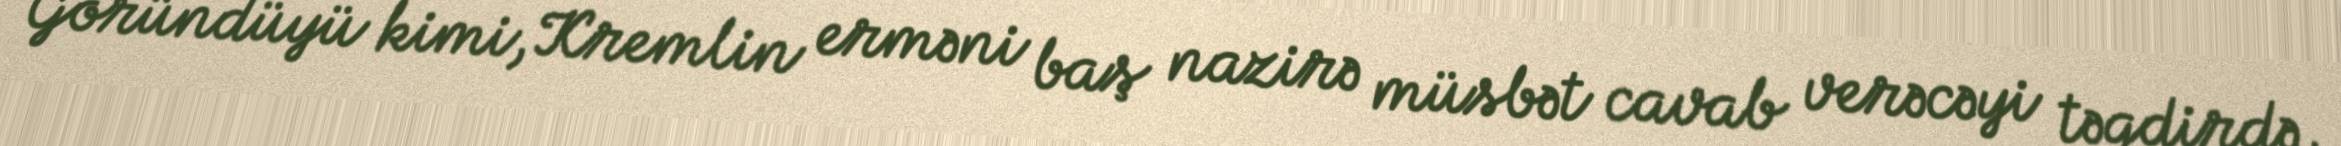
Göründüyü kimi, Kremlin erməni baş nazirə müsbət cavab verəcəyi təqdirdə,